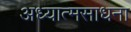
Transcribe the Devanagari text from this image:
अध्यात्मसाधना